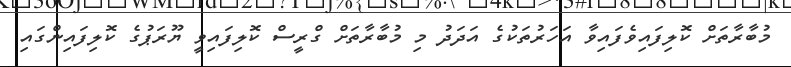
މުބާރާތަށް ކޮލިފައިވެފައިވާ އަހަރުތަކުގެ އަދަދު މި މުބާރާތަށް ގްރީސް ކޮލިފައިވީ ޔޫރަޕުގެ ކޮލިފައިންގައި